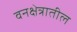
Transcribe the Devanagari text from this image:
वनक्षेत्रातील